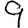
Digit: 9